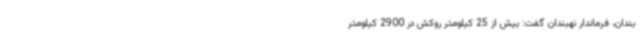
بندان، فرماندار نهبندان گفت: بیش از 25 کیلومتر روکش در 2900 کیلومتر